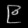
Digit: ၉